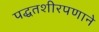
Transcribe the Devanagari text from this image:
पद्धतशीरपणाने